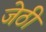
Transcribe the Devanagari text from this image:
जेठी